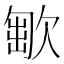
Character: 𣣯